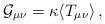
\begin{align*}{\cal G}_{\mu\nu}=\kappa\langle T_{\mu\nu}\rangle\,,\end{align*}